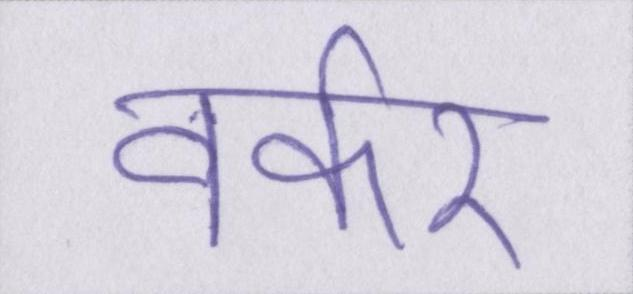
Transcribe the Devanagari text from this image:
वर्कर